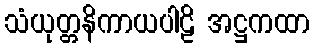
သံယုတ္တနိကာယပါဠိ အဋ္ဌကထာ